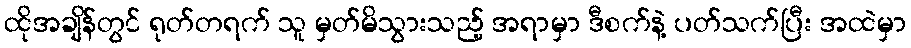
ထိုအချိန်တွင် ရုတ်တရက် သူ မှတ်မိသွားသည့် အရာမှာ ဒီစက်နဲ့ ပတ်သက်ပြီး အထဲမှာ